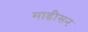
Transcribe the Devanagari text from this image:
माडीसन